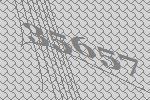
35657